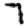
Digit: 7